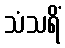
သံသရိံ